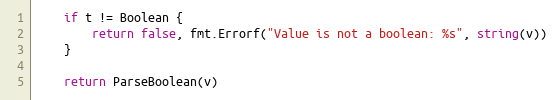
Language: Go
	if t != Boolean {
		return false, fmt.Errorf("Value is not a boolean: %s", string(v))
	}

	return ParseBoolean(v)